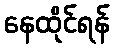
နေထိုင်ရန်